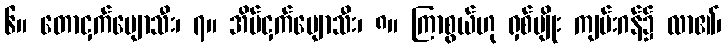
၆။ တောငှက်ပျောသီး၊ ၇။ အိမ်ငှက်ပျောသီး၊ ၈။ ကြာစွယ်ဟု ရှစ်မျိုး ကျမ်းဂန်၌ လာ၏၊